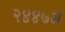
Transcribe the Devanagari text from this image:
२४४७अ